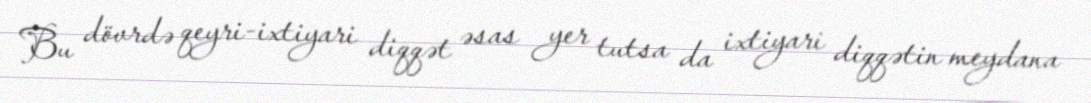
Bu dövrdə qeyri-ixtiyari diqqət əsas yer tutsa da ixtiyari diqqətin meydana